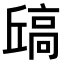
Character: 𫘶